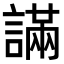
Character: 𧫩